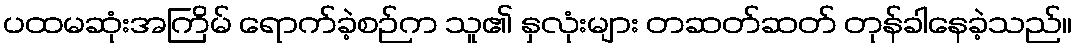
ပထမဆုံးအကြိမ် ရောက်ခဲ့စဉ်က သူ၏ နှလုံးများ တဆတ်ဆတ် တုန်ခါနေခဲ့သည်။